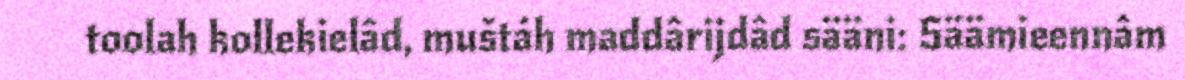
toolah kollekielâd, muštáh maddârijdâd sääni: Säämieennâm